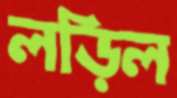
লড়িল